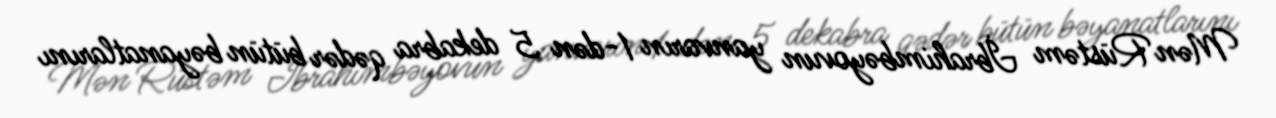
Mən Rüstəm İbrahimbəyovun yanvarın 1-dən 5 dekabra qədər bütün bəyanatlarını